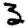
Digit: 3